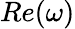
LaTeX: Re(\omega)